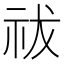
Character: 祓